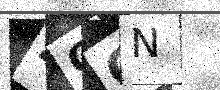
Text: 4CCN